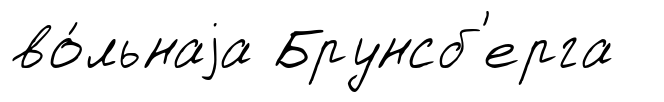
во́льнаjа Брунсб'ерга